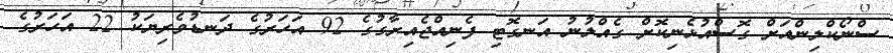
ސްނޯކްލިންއަށް ގޮސްއުޅެނިކޮށް ގެއްލުނު އަނގޮޓި ފެނިއްޖެއިރާގުގެ 92 އަހަރުގެ ދަނޑުވެރިޔަކު 22 އަހަރުގެ